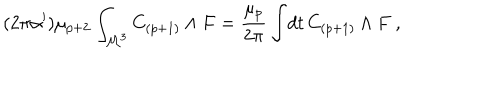
( 2 \pi \alpha ^ { \prime } ) \mu _ { p + 2 } \int _ { { \cal M } ^ { 3 } } C _ { ( p + 1 ) } \wedge F = { \frac { \mu _ { p } } { 2 \pi } } \int \! d t \, C _ { ( p + 1 ) } \wedge F \ ,